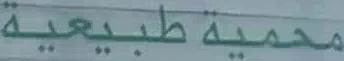
محمية طبيعية